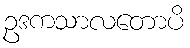
ဥဒကသာလတောပိ